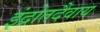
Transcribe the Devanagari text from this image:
इंद्रोतदैवाय